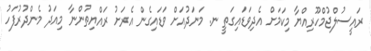
ރައީސުލްޖުމްހޫރިއްޔާ މިކަމަށް އެދިވަޑައިގަތީ ނ. މަނަދުއަށް ވަޑައިގެން އެރަށު ރައްޔިތުންނާ މިއަދު މެންދުރުފަހު